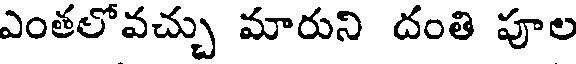
ఎంతలోవచ్చు మారుని దంతి పూల